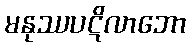
မနုဿပဋိလာဘော